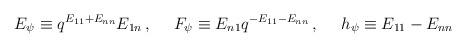
LaTeX: \begin{align*}E_\psi\equiv q^{E_{11}+E_{nn}}E_{1n}\,,~~~~F_\psi\equiv E_{n1}q^{-E_{11}-E_{nn}}\,,~~~~h_\psi\equiv E_{11}-E_{nn}\end{align*}